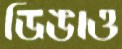
ডিঙাও